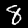
Digit: 8